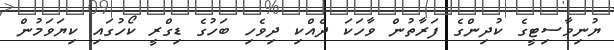
ޔުނިވާސިޓީގެ ކުދިންގެ ފަރާތުން ވާހަކަ ދެއްކި ދިވެހި ބަހުގެ ޑިގްރީ ކޯހުގައި ކިޔަވަމުން